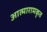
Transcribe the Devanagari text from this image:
आत्मारामकृत